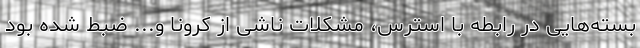
بسته‌هایی در رابطه با استرس، مشکلات ناشی از کرونا و... ضبط شده بود